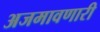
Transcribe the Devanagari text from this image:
अजमावणारी